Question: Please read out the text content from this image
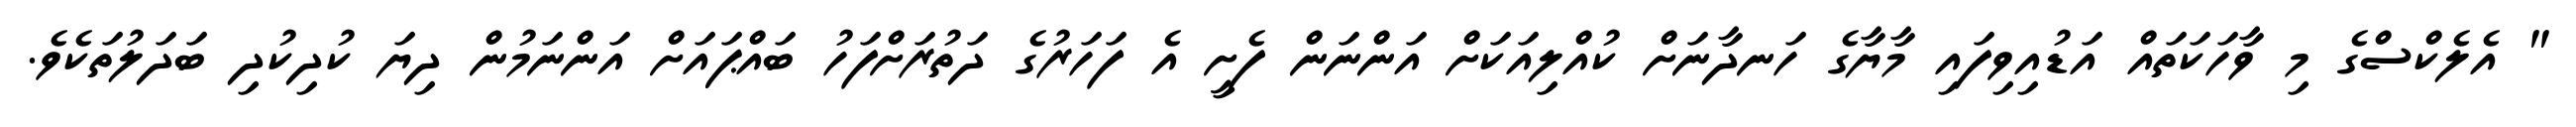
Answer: " އެލެކްސްގެ މި ވާހަކަތައް އަޑުއިވިފައި މާޔާގެ ހަނދާނަށް ކުއްލިއަކަށް އަންނަން ފެށީ އެ ފަހަރުގެ ދަތުރަށްފަހު ބައްޕައަށް އަންނަމުން ދިޔަ ކުދިކުދި ބަދަލުތަކެވެ.